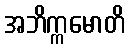
အဘိက္ကမောတိ